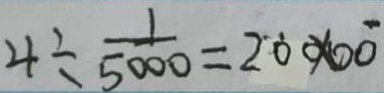
4 \div \frac { 1 } { 5 0 0 0 } = 2 0 0 0 0